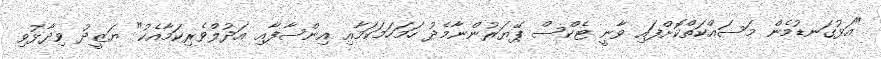
"އަޅުގަނޑުމެން މަސައްކަތްކޮށްފައި ވާނީ ޓެކްސް ޕޭޔަރުންނާމެދު ހަމަހަމަކަމާއި އިންސާފާއި އަދުލްވެރިކަމާއެކު" ޔަޒީދު ވިދާޅުވި